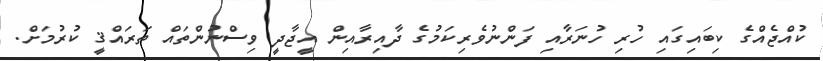
ކުއްޖެއްގެ ކިބައިގައި ހުރި ހުނަރާއި ފަންނުވެރިކަމުގެ ދާއިރާއިން އީޖާދީ ވިސްނުންތައް ތަރައްޤީ ކުރުމަށް.